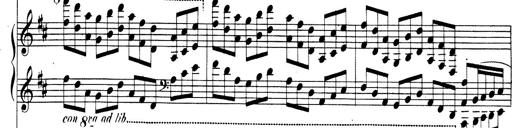
Title: Rhapsodie espagnole
Composer: Franz Liszt